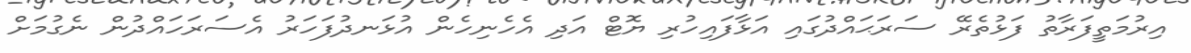
އިރުމަތީފަރާތު ފަޅުތެރޭ ސަރަޙައްދުގައި އަޅާފައިހުރި ޔޮޓް އަދި އެހެނިހެން އުޅަނދުފަހަރު އެސަރަހައްދުން ނެގުމަށް